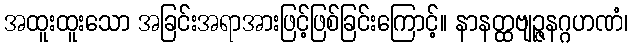
အထူးထူးသော အခြင်းအရာအားဖြင့်ဖြစ်ခြင်းကြောင့်။ နာနတ္ထဗျဉ္ဇနဂ္ဂဟဏံ၊